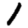
Digit: 1